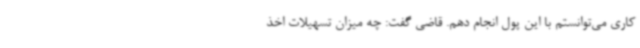
کاری می‌توانستم با این پول انجام دهم. قاضی گفت: چه میزان تسهیلات اخذ